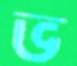
ভ